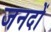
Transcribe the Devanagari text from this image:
जनदों